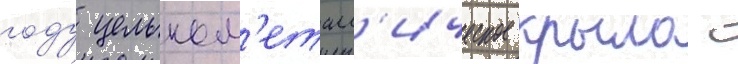
году цельном'еталл'ическое крыло с